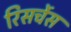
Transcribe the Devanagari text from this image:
रिसर्चेस